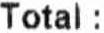
TOTAL :